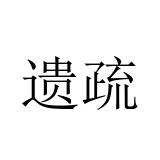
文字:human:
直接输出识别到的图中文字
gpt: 遗疏